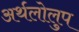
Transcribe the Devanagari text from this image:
अर्थलोलुप